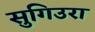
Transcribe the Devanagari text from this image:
सुगिउरा